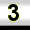
Digit: 3